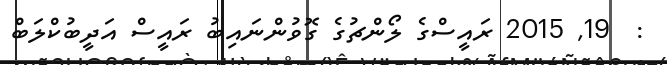
:  19